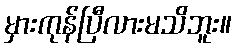
မှားကုန်ပြီလားမသိဘူး။